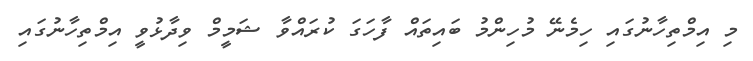
މި އިމްތިހާނުގައި ހިމެނޭ މުހިންމު ބައިތައް ފާހަގަ ކުރައްވާ ޝަމީމް ވިދާޅުވީ އިމްތިހާނުގައި